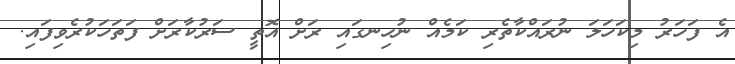
އެ ފަހަރު މިކަހަލަ ނުރައްކާތެރި ކަމެއް ނުހިނގައި ރަށް އޮތީ ސަރުކާރަށް ފަތަހަކުރެވިފައި.